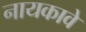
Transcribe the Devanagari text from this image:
नायकावे